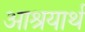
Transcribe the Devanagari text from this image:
आश्रयार्थ